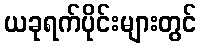
ယခုရက်ပိုင်းများတွင်